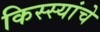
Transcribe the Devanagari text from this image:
किस्स्यांचे